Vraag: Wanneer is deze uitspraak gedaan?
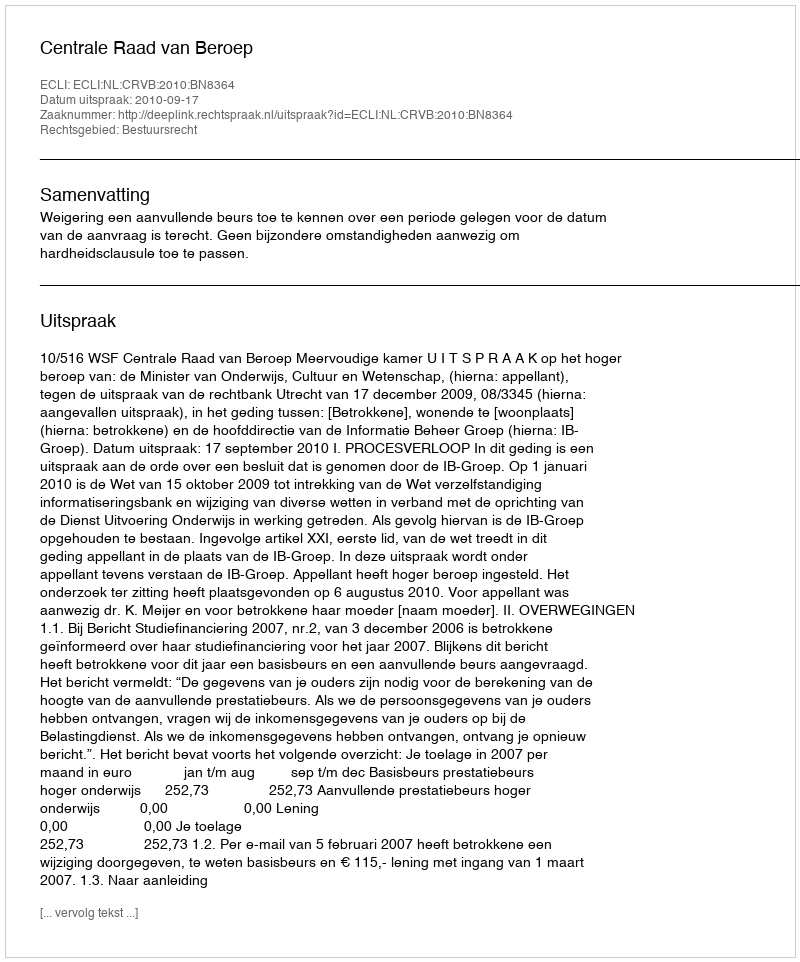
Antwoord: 2010-09-17